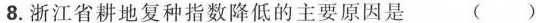
8.浙江省耕地复种指数降低的主要原因是 ( )